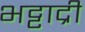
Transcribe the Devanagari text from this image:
भट्टाद्री